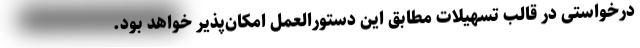
درخواستی در قالب تسهیلات مطابق این دستورالعمل امکان‌پذیر خواهد بود.